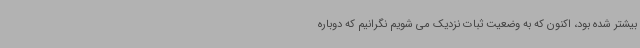
بیشتر شده بود، اکنون که به وضعیت ثبات نزدیک می شویم نگرانیم که دوباره